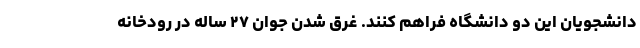
دانشجویان این دو دانشگاه فراهم کنند. غرق شدن جوان ۲۷ ساله در رودخانه